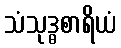
သံသုဒ္ဓစာရိယံ